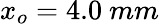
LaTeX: x_{o}=4.0\ mm